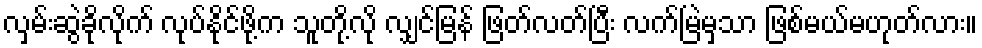
လှမ်းဆွဲခိုလိုက် လုပ်နိုင်ဖို့က သူတို့လို လျှင်မြန် ဖြတ်လတ်ပြီး လက်မြဲမှသာ ဖြစ်မယ်မဟုတ်လား။